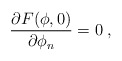
\begin{align*}\frac{\partial F(\phi,0)}{\partial\phi_n}=0\;,\end{align*}